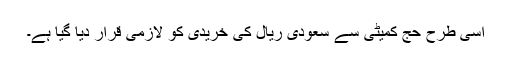
اسی طرح حج کمیٹی سے سعودی ریال کی خریدی کو لازمی قرار دیا گیا ہے۔